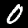
Label: 0